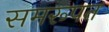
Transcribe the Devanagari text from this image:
समरूपत